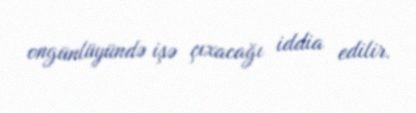
ongünlüyündə işə çıxacağı iddia edilir.